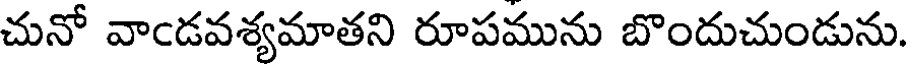
చునో వాండవశ్యమాతని రూపమును బొందుచుండును.